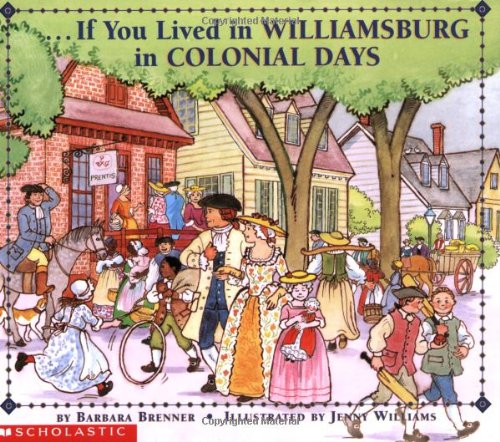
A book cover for If You Lived In Williamsburg in Colonial Days; Barbara Brenner; Children's Books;